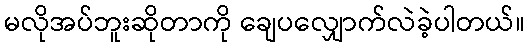
မလိုအပ်ဘူးဆိုတာကို ချေပလျှောက်လဲခဲ့ပါတယ်။